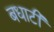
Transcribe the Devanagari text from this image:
बधाटी